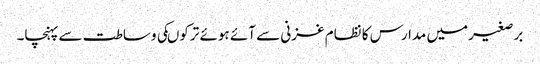
برصغیرمیں مدارس کا نظام غزنی سے آئے ہوئے ترکوںکی وساطت سے پہنچا۔